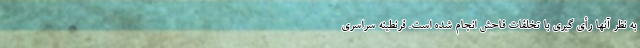
به نظر آنها رأی گیری با تخلفات فاحش انجام شده است. قرنطینه سراسری